Scottish Leaving Certificate Examination, 1951
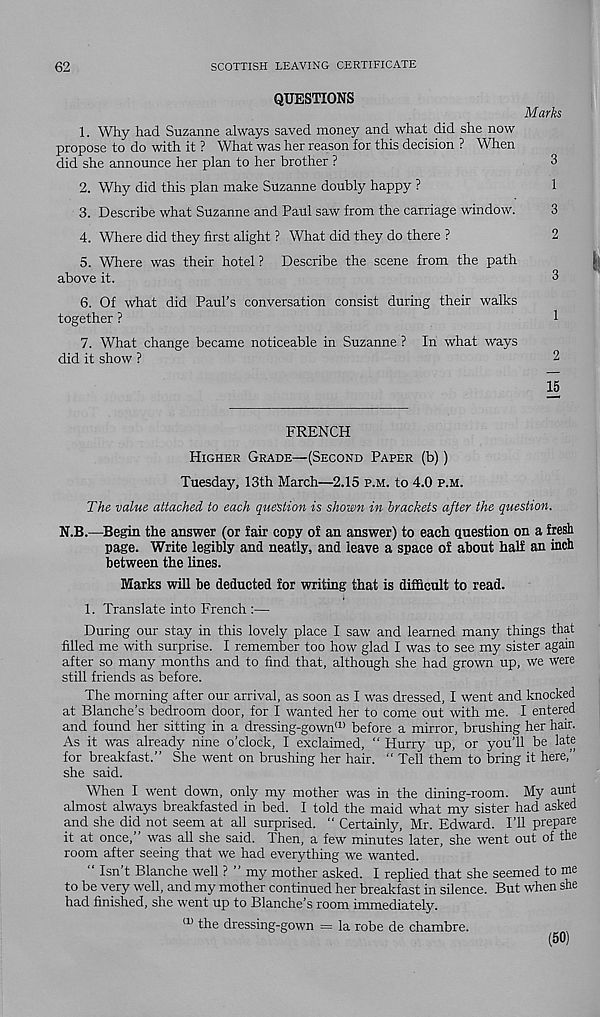
62
SCOTTISH LEAVING CERTIFICATE
QUESTIONS
Marks
1. Why had Suzanne always saved money and what did she now
propose to do with it ? What was her reason for this decision ? When
did she announce her plan to her brother ?
3
2. Why did this plan make Suzanne doubly happy ?
1
3. Describe what Suzanne and Paul saw from the carriage window.
3
4. Where did they first alight ? What did they do there ?
2
5. Where was their hotel? Describe the scene from the path
above it.
3
6. Of what did Paul’s conversation consist during their walks
together ?
1
7. What change became noticeable in Suzanne ? In what ways
did it show ?
2
15
FRENCH
Higher Grade—(Second Paper (b))
Tuesday, 13th March—2.15 p.m. to 4.0 p.m.
The value attached to each question is shown in brackets after the question.
N.B.—Begin the answer (or fair copy of an answer) to each ciuestion on a fresh
page. Write legibly and neatly, and leave a space of about half an inch
between the lines.
Marks will be deducted for writing that is difficult to read.
1. Translate into French :—
During our stay in this lovely place I saw and learned many things that
filled me with surprise. I remember too how glad I was to see my sister again
after so many months and to find that, although she had grown up, we were
still friends as before.
The morning after our arrival, as soon as I was dressed, I went and knocked
at Blanche’s bedroom door, for I wanted her to come out with me. I entered
and found her sitting in a dressing-gown a) before a mirror, brushing her hair.
As it was already nine o’clock, I exclaimed, “ Hurry up, or you’ll be late
for breakfast.” She went on brushing her hair. “ Tell them to bring it here,”
she said.
When I went down, only my mother was in the dining-room. My aunt
almost always breakfasted in bed. I told the maid what my sister had asked
and she did not seem at all surprised. “ Certainly, Mr. Edward. I’ll prepare
it at once,’ was all she said. Then, a few minutes later, she went out of the
room after seeing that we had everything we wanted.
Isn t Blanche well ? ” my mother asked. I replied that she seemed to me
to be very well, and my mother continued her breakfast in silence. But when she
had finished, she went up to Blanche’s room immediately.
a> the dressing-gown = la robe de chambre.
(50)